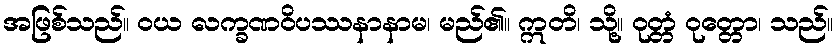
အဖြစ်သည်။ ဝယ လက္ခဏဝိပဿနာနာမ၊ မည်၏။ ဣတိ၊ သို့။ ဝုတ္တံ ဝုတ္တော၊ သည်။